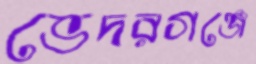
ভেদরগঞ্জে